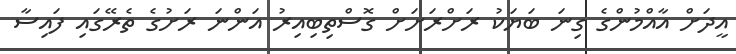
އީދަށް އާއްމުންގެ ގިނަ ބަޔަކު ރަށްރަށަށް ގޮސްތިބިއިރު އަންނަ ރަށުގެ ތެރޭގައި ފައިސާ